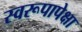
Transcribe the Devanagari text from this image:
स्वरूपापेक्षा